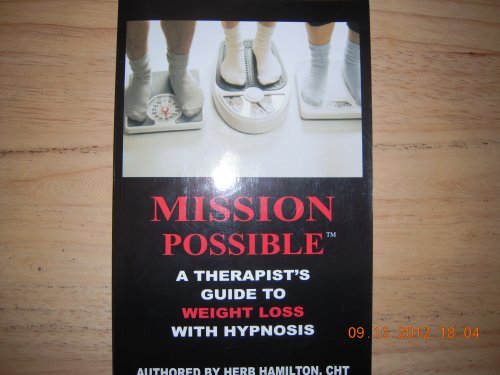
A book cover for Mission Possible: a Therapist's Guide to Weight Loss with Hypnosis(Book and CDROM); CHT Herb Hamilton; Health, Fitness & Dieting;